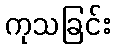
ကုသခြင်း